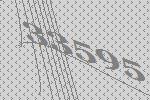
33595